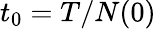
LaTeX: t_{0}=T/N(0)